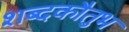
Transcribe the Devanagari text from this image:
शब्दकौतुभ